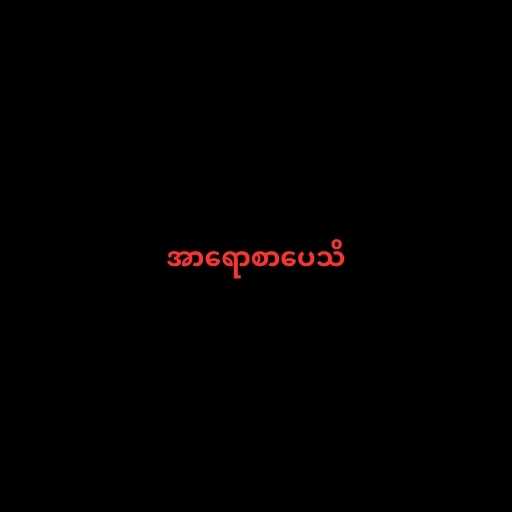
အာရောစာပေသိ